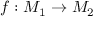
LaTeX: f \, \colon M _ { 1 } \to M _ { 2 }